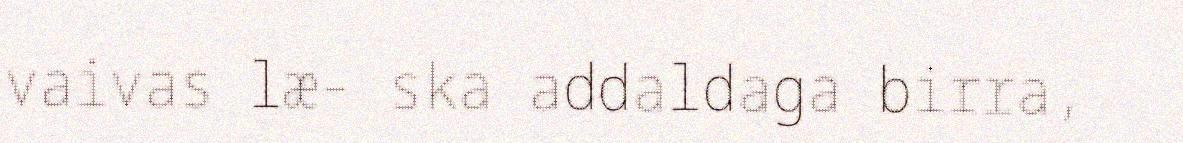
vaivas læ- ska addaldaga birra,